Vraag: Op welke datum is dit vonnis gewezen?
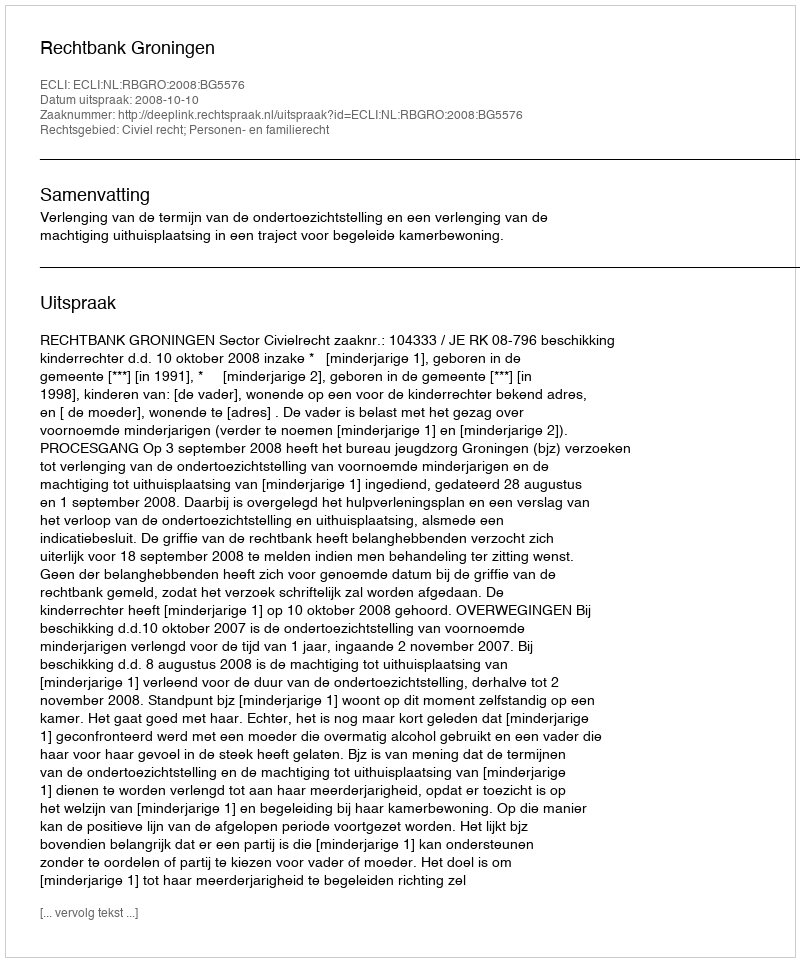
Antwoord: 2008-10-10